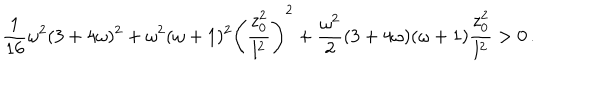
LaTeX: { \frac { 1 } { 1 6 } } \omega ^ { 2 } ( 3 + 4 \omega ) ^ { 2 } + \omega ^ { 2 } ( \omega + 1 ) ^ { 2 } \left( { \frac { z _ { 0 } ^ { 2 } } { l ^ { 2 } } } \right) ^ { 2 } + { \frac { \omega ^ { 2 } } { 2 } } ( 3 + 4 \omega ) ( \omega + 1 ) { \frac { z _ { 0 } ^ { 2 } } { l ^ { 2 } } } > 0 \, .